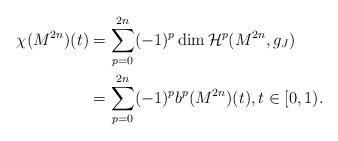
LaTeX: \begin{align*}\chi(M^{2n})(t)&=\sum_{p=0}^{2n}(-1)^p\dim\mathcal{H}^p (M^{2n},g_J)\\&=\sum_{p=0}^{2n}(-1)^pb^p(M^{2n})(t),t\in[0,1).\end{align*}